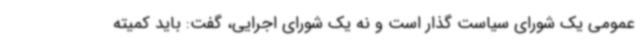
عمومی یک شورای سیاست گذار است و نه یک شورای اجرایی، گفت: باید کمیته